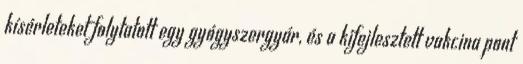
kísérleteket folytatott egy gyógyszergyár, és a kifejlesztett vakcina pont